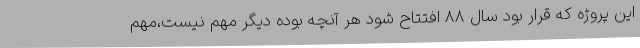
این پروژه که قرار بود سال 88 افتتاح شود هر آنچه بوده دیگر مهم نیست،مهم